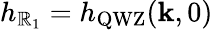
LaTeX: h_{\mathbb{R}_{1}}=h_{\mathrm{{QWZ}}}(\mathbf{{k}},0)